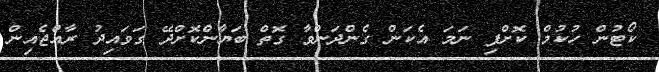
ކޯޓުން ހުކުމް ކޮށްފި ނަމަ އެކަން ގެންދަންވާ ގޮތް ބަޔާންކޮށްދޭ ގަވައިދު ރާއްޖެއިން